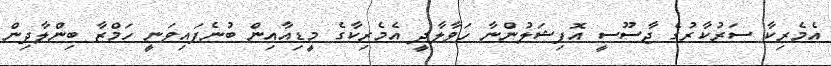
އެމެރިކާ ސަރުކާރުގެ ޖާސޫސީ އޮފިޝަލުންނާ ހަވާލާދީ އެމެރިކާގެ މީޑިއާއިން ބުނެފައިވަނީ ހަމްޒާ ބިންލާދިން